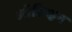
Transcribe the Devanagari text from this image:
ऑल्व्हिन